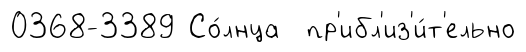
0368-3389 Со́лнца пр'ибл'из'и́т'ельно